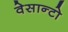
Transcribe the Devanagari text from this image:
वेसान्टो